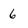
Character: 6